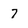
Character: 7